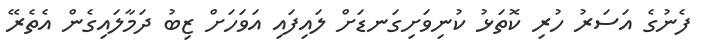
ފެނުގެ އަސަރު ހުރި ކޮތަޅު ކުނިވަށިގަނޑަށް ލައިފައި އަވަހަށް ޒިބު ދަމާލައިގެން އެތެރޭ